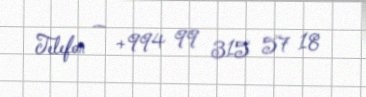
Telefon — +994 99 315 57 18